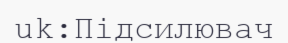
uk:Підсилювач